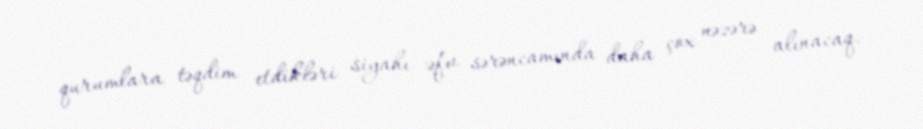
qurumlara təqdim etdikləri siyahı əfv sərəncamında daha çox nəzərə alınacaq.